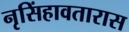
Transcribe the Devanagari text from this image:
नृसिंहावतारास